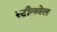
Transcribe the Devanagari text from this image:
स्टीलवेल